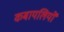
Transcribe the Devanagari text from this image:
कबायलियों